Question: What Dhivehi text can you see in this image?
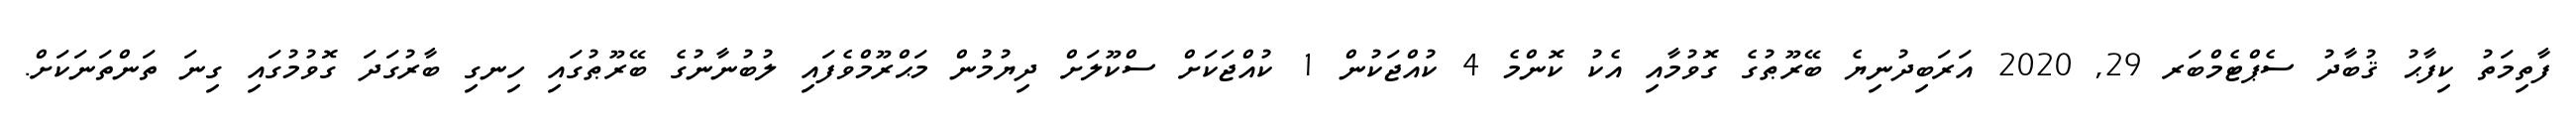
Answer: ފާތިމަތު ކިފާޙު ޤުބާދު ސެޕްޓެމްބަރ 29, 2020 އަރަބިދުނިޔެ ބޭރޫޠުގެ ގޮވުމާއި އެކު ކޮންމެ 4 ކުއްޖަކުން 1 ކުއްޖަކަށް ސްކޫލަށް ދިޔުމުން މަޙްރޫމްވެފައި ލުބުނާނުގެ ބޭރޫޠުގައި ހިނގި ބާރުގަދަ ގޮވުމުގައި ގިނަ ތަންތަނަކަށް.